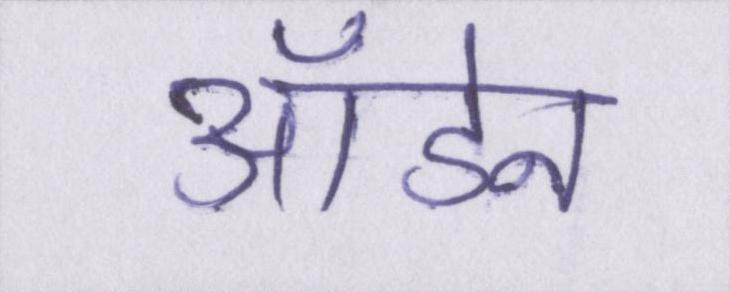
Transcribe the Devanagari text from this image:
ऑडेन